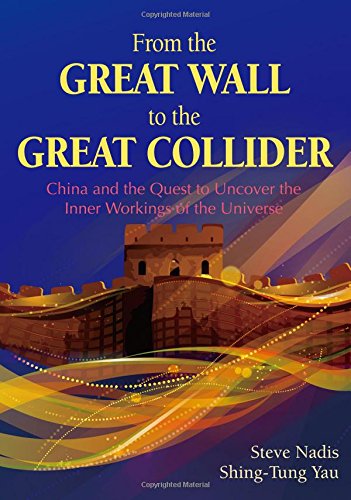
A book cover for From the Great Wall to the Great Collider: China and the Quest to Uncover the Inner Workings of the Universe; Steve Nadis; Science & Math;